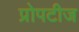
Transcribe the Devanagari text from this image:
प्रोपटीज